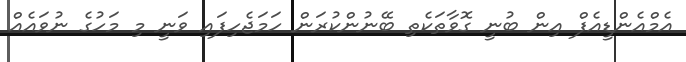
އެމްއެންޑީއެފް އިން ބުނީ ގޮވާތަކެތި ބޭނުންކުރަން ހަމަޖެހިފައި ވަނީ މި މަހުގެ ނުވައެއް